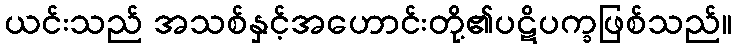
ယင်းသည် အသစ်နှင့်အဟောင်းတို့၏ပဋိပက္ခဖြစ်သည်။